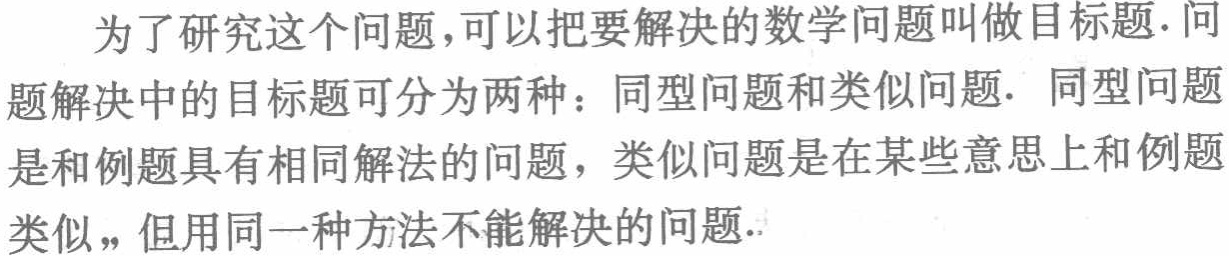
为了研究这个问题，可以把要解决的数学问题叫做目标题. 问题解决中的目标题可分为两种：同型问题和类似问题. 同型问题是和例题具有相同解法的问题，类似问题是在某些意思上和例题类似，但用同一种方法不能解决的问题.